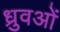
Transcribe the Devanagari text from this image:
ध्रुवओं